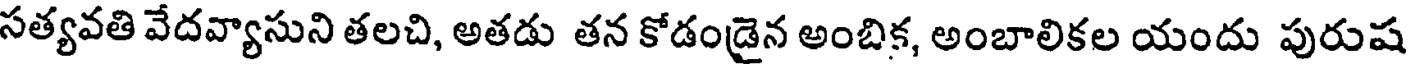
సత్యవతి వేదవ్యాసుని తలచి, అతడు తన కోడండైన అంబిక, అంబాలికల యందు పురుష